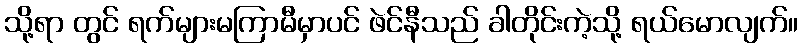
သို့ရာ တွင် ရက်များမကြာမီမှာပင် ဖဲင်နီသည် ခါတိုင်းကဲ့သို့ ရယ်မောလျက်။